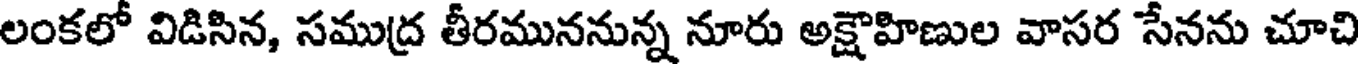
లంకలో విడిసిన, సముద్ర తీరముననున్న నూరు అక్షౌహిణుల వాసర సేనను చూచి